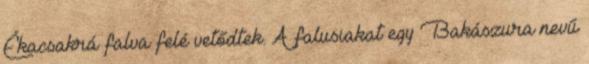
Ékacsakrá falva felé vetődtek. A falusiakat egy Bakászura nevű